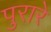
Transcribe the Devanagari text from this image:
पुरारे